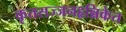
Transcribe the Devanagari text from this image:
कृतसज्जनहृन्निकेत